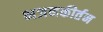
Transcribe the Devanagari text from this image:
भजनकीर्तन